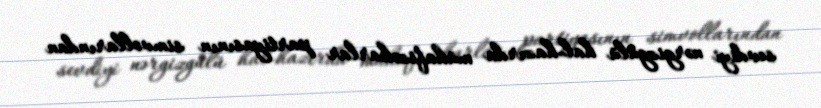
sevdiyi nərgizgülü hal-hazırda mühafizəkarlar partiyasının simvollarından